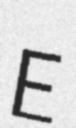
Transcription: E